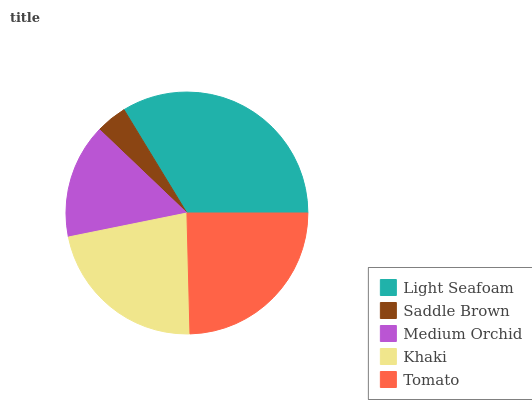
| Light Seafoam | Saddle Brown | Medium Orchid | Khaki | Tomato |
 | --- | --- | --- | --- | --- |
 | 33.7% | 4.16% | 15.3% | 22.2% | 24.6% |